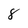
Character: 8